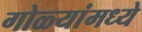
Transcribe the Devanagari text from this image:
गोळ्यांमध्ये